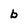
Character: b